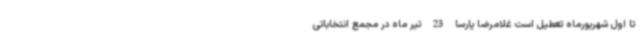
تا اول شهریورماه تعطیل است غلامرضا پارسا 23 تیر ماه در مجمع انتخاباتی